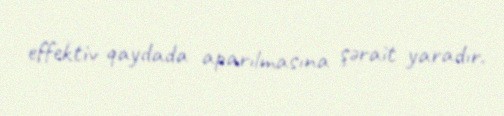
effektiv qaydada aparılmasına şərait yaradır.